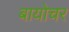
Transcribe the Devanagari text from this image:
बायोचर